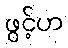
ဖွင့်ဟ